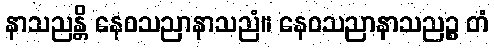
နာသညန္တိ နေဝသညာနာသညံ။ နေဝသညာနာသညဉ္စ တံ